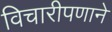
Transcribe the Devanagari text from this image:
विचारीपणाने